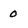
Character: 0